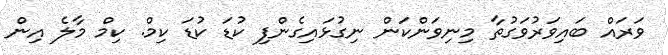
ވަރައް ބައިވަރުވަގުތާ މިނިވަންކަން ނިގުޅައިގެންފި ކުޑަ ކުޑަ ކިމް. ކިމް މާލެ އިން